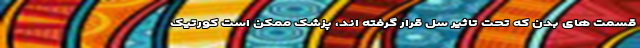
قسمت های بدن که تحت تاثیر سل قرار گرفته اند، پزشک ممکن است کورتیک